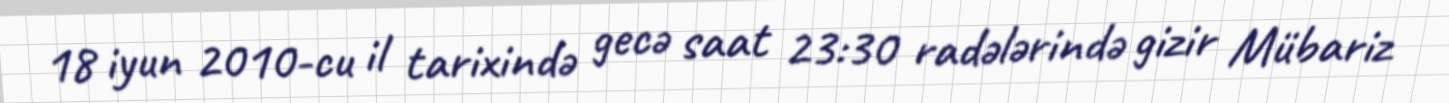
18 iyun 2010-cu il tarixində gecə saat 23:30 radələrində gizir Mübariz